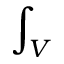
\int _ { V }